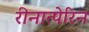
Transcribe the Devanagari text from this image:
रीनात्पेरिन